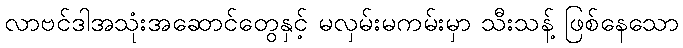
လာဗင်ဒါအသုံးအဆောင်တွေနှင့် မလှမ်းမကမ်းမှာ သီးသန့် ဖြစ်နေသော